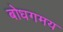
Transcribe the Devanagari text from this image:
बोधगमय